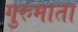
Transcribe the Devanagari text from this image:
गुरुमाता